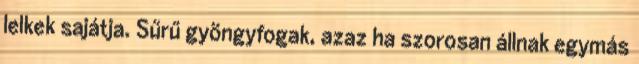
lelkek sajátja. Sűrű gyöngyfogak, azaz ha szorosan állnak egymás